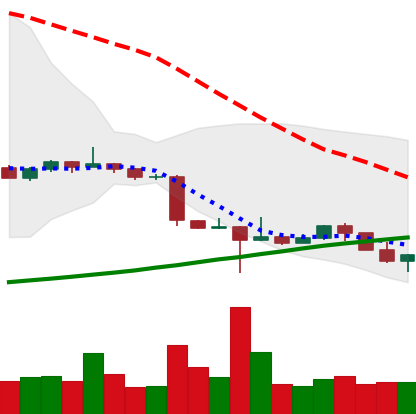
Ticker: ETC-USD
Chart end date: 2022-10-21
Forward return: 15.652%
Label: up_7plus